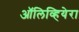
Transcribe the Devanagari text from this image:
ऑलिव्हियेरा